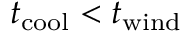
t _ { \mathrm { c o o l } } < t _ { \mathrm { w i n d } }